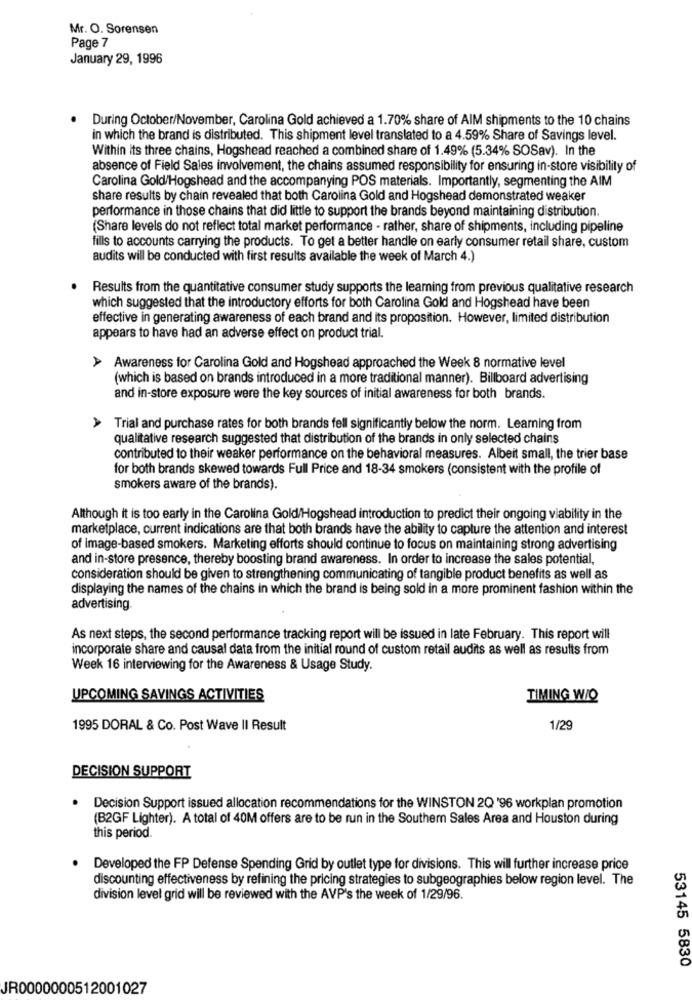
Mr. O. Sorensen
Page 7
January 29, 1996
. During October/November, Carolina Gold achieved a 1.70% share of AIM shipments to the 10 chains
in which the brand is distributed. This shipment level translated to a 4.59% Share of Savings level.
Within its three chains, Hogshead reached a combined share of 1.49% (5.34% SOSav). In the
absence of Field Sales involvement, the chains assumed responsibility for ensuring in-store visibility of
Carolina Gold/Hogshead and the accompanying POS materials. Importantly, segmenting the AIM
share results by chain revealed that both Carolina Gold and Hogshead demonstrated weaker
performance in those chains that did little to support the brands beyond maintaining distribution.
(Share levels do not reflect total market performance - rather, share of shipments, including pipeline
fills to accounts carrying the products. To get a better handle on early consumer retail share, custom
audits will be conducted with first results available the week of March 4.)
Results from the quantitative consumer study supports the learning from previous qualitative research
which suggested that the introductory efforts for both Carolina Gold and Hogshead have been
effective in generating awareness of each brand and its proposition. However, limited distribution
appears to have had an adverse effect on product trial.
Awareness for Carolina Gold and Hogshead approached the Week 8 normative level
(which is based on brands introduced in a more traditional manner). Billboard advertising
and in-store exposure were the key sources of initial awareness for both brands.
A
Trial and purchase rates for both brands fell significantly below the norm. Learning from
qualitative research suggested that distribution of the brands in only selected chains
contributed to their weaker performance on the behavioral measures. Albeit small, the trier base
for both brands skewed towards Full Price and 18-34 smokers (consistent with the profile of
smokers aware of the brands).
Although it is too early in the Carolina Gold/Hogshead introduction to predict their ongoing viability in the
marketplace, current indications are that both brands have the ability to capture the attention and interest
of image-based smokers. Marketing efforts should continue to focus on maintaining strong advertising
and in-store presence, thereby boosting brand awareness. In order to increase the sales potential,
consideration should be given to strengthening communicating of tangible product benefits as well as
displaying the names of the chains in which the brand is being sold in a more prominent fashion within the
advertising.
As next steps, the second performance tracking report will be issued in late February. This report will
incorporate share and causal data from the initial round of custom retail audits as well as results from
Week 16 interviewing for the Awareness & Usage Study.
UPCOMING SAVINGS ACTIVITIES
TIMING WIQ
1995 DORAL & Co. Post Wave II Result
1/29
DECISION SUPPORT
Decision Support issued allocation recommendations for the WINSTON 2Q '96 workplan promotion
(B2GF Lighter). A total of 40M offers are to be run in the Southern Sales Area and Houston during
this period.
Developed the FP Defense Spending Grid by outlet type for divisions. This will further increase price
discounting effectiveness by refining the pricing strategies to subgeographies below region level. The
division level grid will be reviewed with the AVP's the week of 1/29/96.
53145 5830
JR0000000512001027